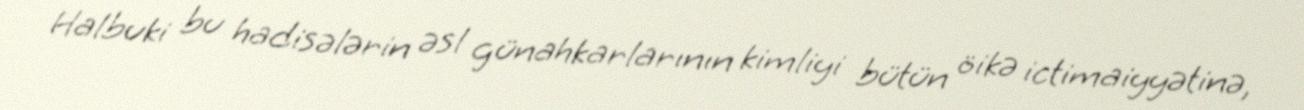
Halbuki bu hadisələrin əsl günahkarlarının kimliyi bütün öikə ictimaiyyətinə,